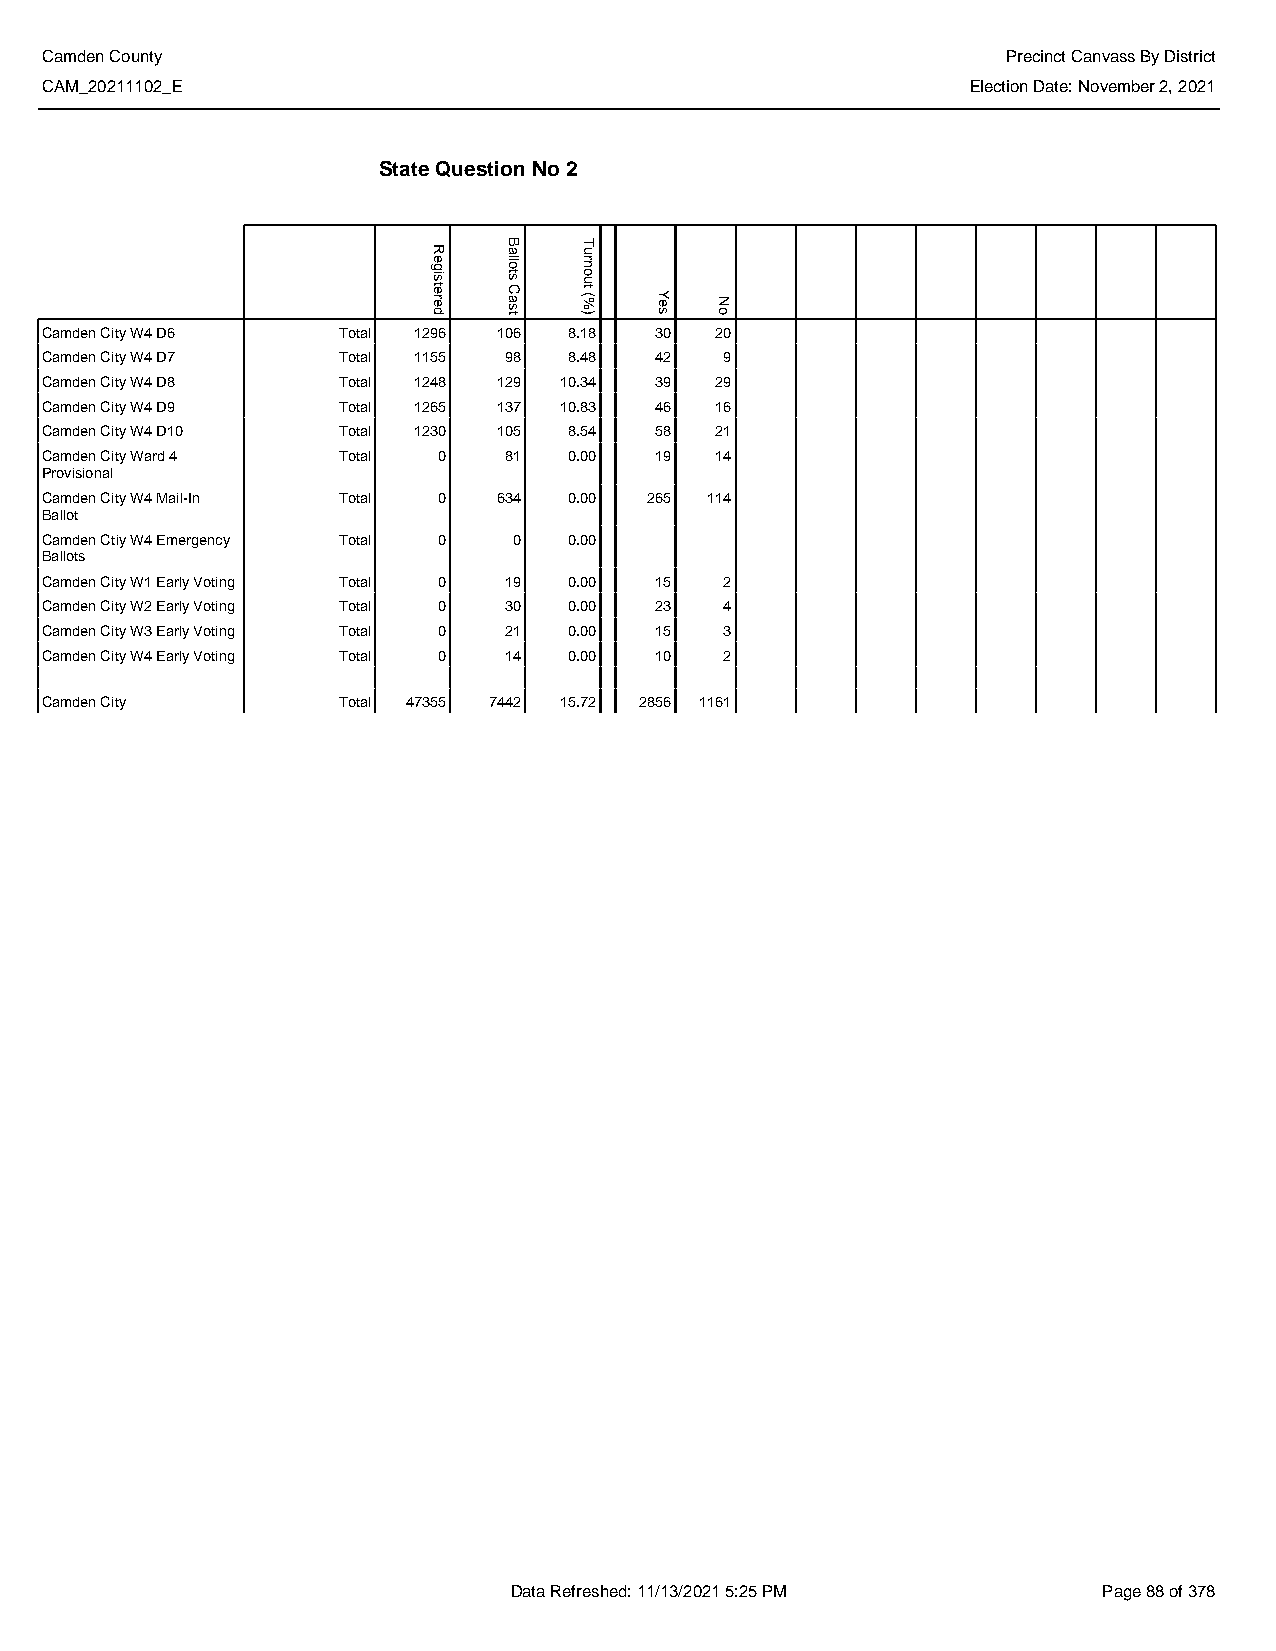
Camden County                                                   Precinct Canvass By District
 CAM_20211102_E                                               Election Date: November 2, 2021
 State Question No 2
 Camden City W4 D6  Total 1296 106  8.18 30  20
 Camden City W4 D7  Total 1155 98   8.48 42   9
 Camden City W4 D8  Total 1248 129 10.34 39  29
 Camden City W4 D9  Total 1265 137 10.83 46  16
 Camden City W4 D10 Total 1230 105  8.54 58  21
 Camden City Ward 4 Total  0   81   0.00 19  14
 Provisional
 Camden City W4 Mail-In Total 0 634 0.00 265 114
 Ballot
 Camden Ctiy W4 Emergency Total 0 0 0.00
 Ballots
 Camden City W1 Early Voting Total 0 19 0.00 15 2
 Camden City W2 Early Voting Total 0 30 0.00 23 4
 Camden City W3 Early Voting Total 0 21 0.00 15 3
 Camden City W4 Early Voting Total 0 14 0.00 10 2
 Camden City        Total 47355 7442 15.72 2856 1161
 Data Refreshed: 11/13/2021 5:25 PM     Page 88 of 378
 Registered
 Ballots
 Cast
 Turnout
 (%)  Yes No